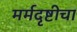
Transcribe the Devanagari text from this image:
मर्मदृष्टीचा